Report on lock hospitals in British Burma
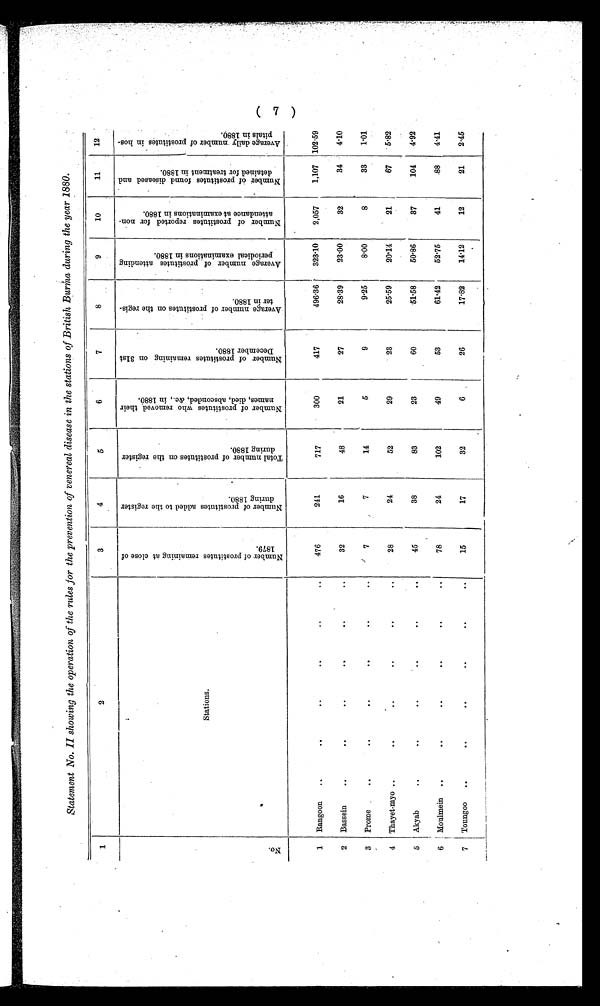
Statement No. II showing the operation of the rules for the prevention of venereal disease in the stations of British Burma during the year 1880.
1
2
3
4
5
6
7
8
9
10
11
12
Stations
N u m b e r o f p r o s t i t u t e s r e m a i n i n g a t c l o s e o f 1 8 7 9 .
N u m b e r o f p r o s t i t u t e s a d d e d t o t h e r e g i s t e r d u r i n g 1 8 8 0 .
T o t a l n u m b e r o f p r o s t i t u t e s o n t h e r e g i s t e r d u r i n g 1 8 8 0 .
N u m b e r o f p r o s t i t u t e s w h o r e m o v e d t h e i r n a m e s , d i e d , a b s c o n d e d , & c . , i n 1 8 8 0
N u m b e r o f p r o s t i t u t e s r e m a i n i n g o n 3 1 s t D e c e m b e r 1 8 8 0 .
A v e r a g e n u m b e r o f p r o s t i t u t e s o n t h e r e g i s t e r i n 1 8 8 0 .
A v e r a g e n u m b e r o f p r o s t i t u t e s a t t e n d i n g
p e r i o d i c a l e x a m i n a t i o n s i n 1 8 8 0 .
N u m b e r o f p r o s t i t u t e s r e p o r t e d f o r n o n a t t e n d a n c e a t e x a m i n a t i o n i n 1 8 8 0 .
N u m b e r o f p r o s t i t u t e s f o u n d d i s e a s e d a n d d e t a i n e d f o r t r e a t m e n t i n 1 8 8 0 .
A v e r a g e d a i l y n u m b e r o f p r o s t i t u t e s i n h o s p i t a l i n 1 8 8 0 .
N o
1
Rangoon
..
..
..
..
. .
..
476
241
717
300
417
496.36
323.10
2,057
1,107
102.59
2
Bassein
..
..
. .
..
..
..
32
16
48
21
27
28.39
23.00
32
34
4.10
3
Prome
..
..
. .
..
..
..
7
7
14
5
9
9.25
8.00
8
33
1.01
4
Thayet-myo ..
. .
..
..
..
..
28
24
52
29
23
25.59
20.14
21
67
5.82
5
Akyab
..
. .
.
.
. .
. .
..
45
38
83
23
60
51.58
50.86
37
104
4.92
6
Moulmein
..
. .
..
..
. .
. .
78
24
102
49
53
61.42
52.75
41
88
4.41
7
Toungoo
..
. .
..
..
..
..
15
17
32
6
26
17.82
14.12
12
21
2.45
-.4